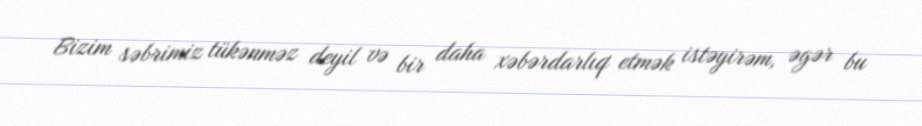
Bizim səbrimiz tükənməz deyil və bir daha xəbərdarlıq etmək istəyirəm, əgər bu